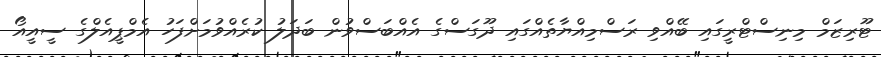
ޓޫރިޒަމް މިނިސްޓްރީގައި ބޭއްވި ރަސްމިއްޔާތެއްގައި ދޫގަސްގެ އެއްބަސްވުން ބަދަލު ކުރެއްވުމަށްފަހު އެމްޕީއެލްގެ ސީއީއޯ